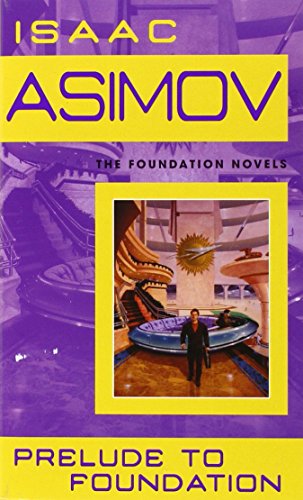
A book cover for Prelude to Foundation (Foundation, Book 1); Isaac Asimov; Literature & Fiction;